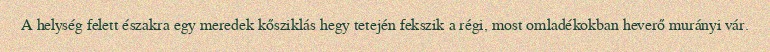
A helység felett északra egy meredek kősziklás hegy tetején fekszik a régi, most omladékokban heverő murányi vár.